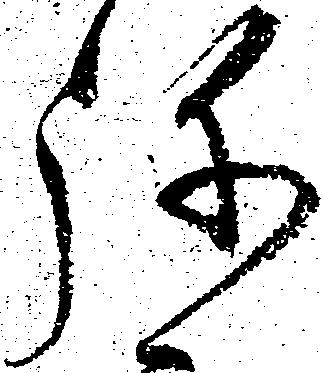
弥